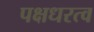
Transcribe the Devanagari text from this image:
पक्षधरत्व